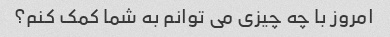
امروز با چه چیزی می توانم به شما کمک کنم؟